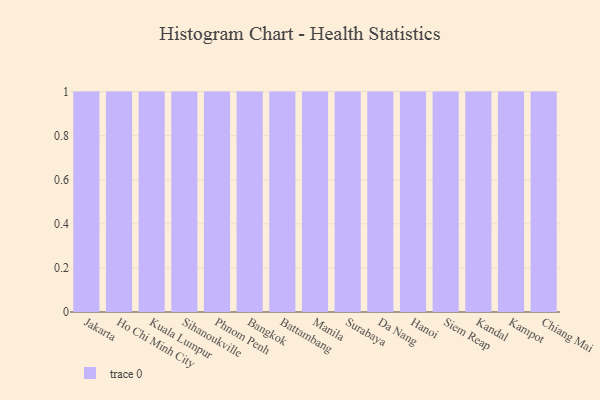
{"axis": {"x": "City", "y": "Humidity (%)"}, "legend": [""], "data": [{"x": "Jakarta", "y": 14, "type": ""}, {"x": "Ho Chi Minh City", "y": 96, "type": ""}, {"x": "Kuala Lumpur", "y": 83, "type": ""}, {"x": "Sihanoukville", "y": 65, "type": ""}, {"x": "Phnom Penh", "y": 90, "type": ""}, {"x": "Bangkok", "y": 24, "type": ""}, {"x": "Battambang", "y": 39, "type": ""}, {"x": "Manila", "y": 31, "type": ""}, {"x": "Surabaya", "y": 10, "type": ""}, {"x": "Da Nang", "y": 33, "type": ""}, {"x": "Hanoi", "y": 31, "type": ""}, {"x": "Siem Reap", "y": 53, "type": ""}, {"x": "Kandal", "y": 77, "type": ""}, {"x": "Kampot", "y": 39, "type": ""}, {"x": "Chiang Mai", "y": 58, "type": ""}]}